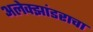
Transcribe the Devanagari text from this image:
अलेक्झांडराचा